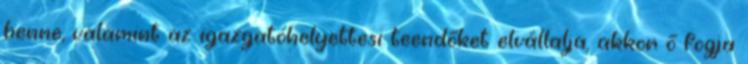
benne, valamint az igazgatóhelyettesi teendőket elvállalja, akkor ő fogja